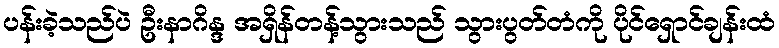
ပန်းခဲ့သည်ပဲ ဦးနာဂိန္ဒ အရှိန်တန့်သွားသည် သွားပွတ်တံကို ပိုင်ရှောင်ချန်းထံ